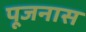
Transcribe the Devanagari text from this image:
पूजनास